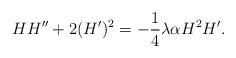
LaTeX: \begin{align*}HH''+2(H')^2=-\frac{1}{4}\lambda\alpha H^2H'.\end{align*}